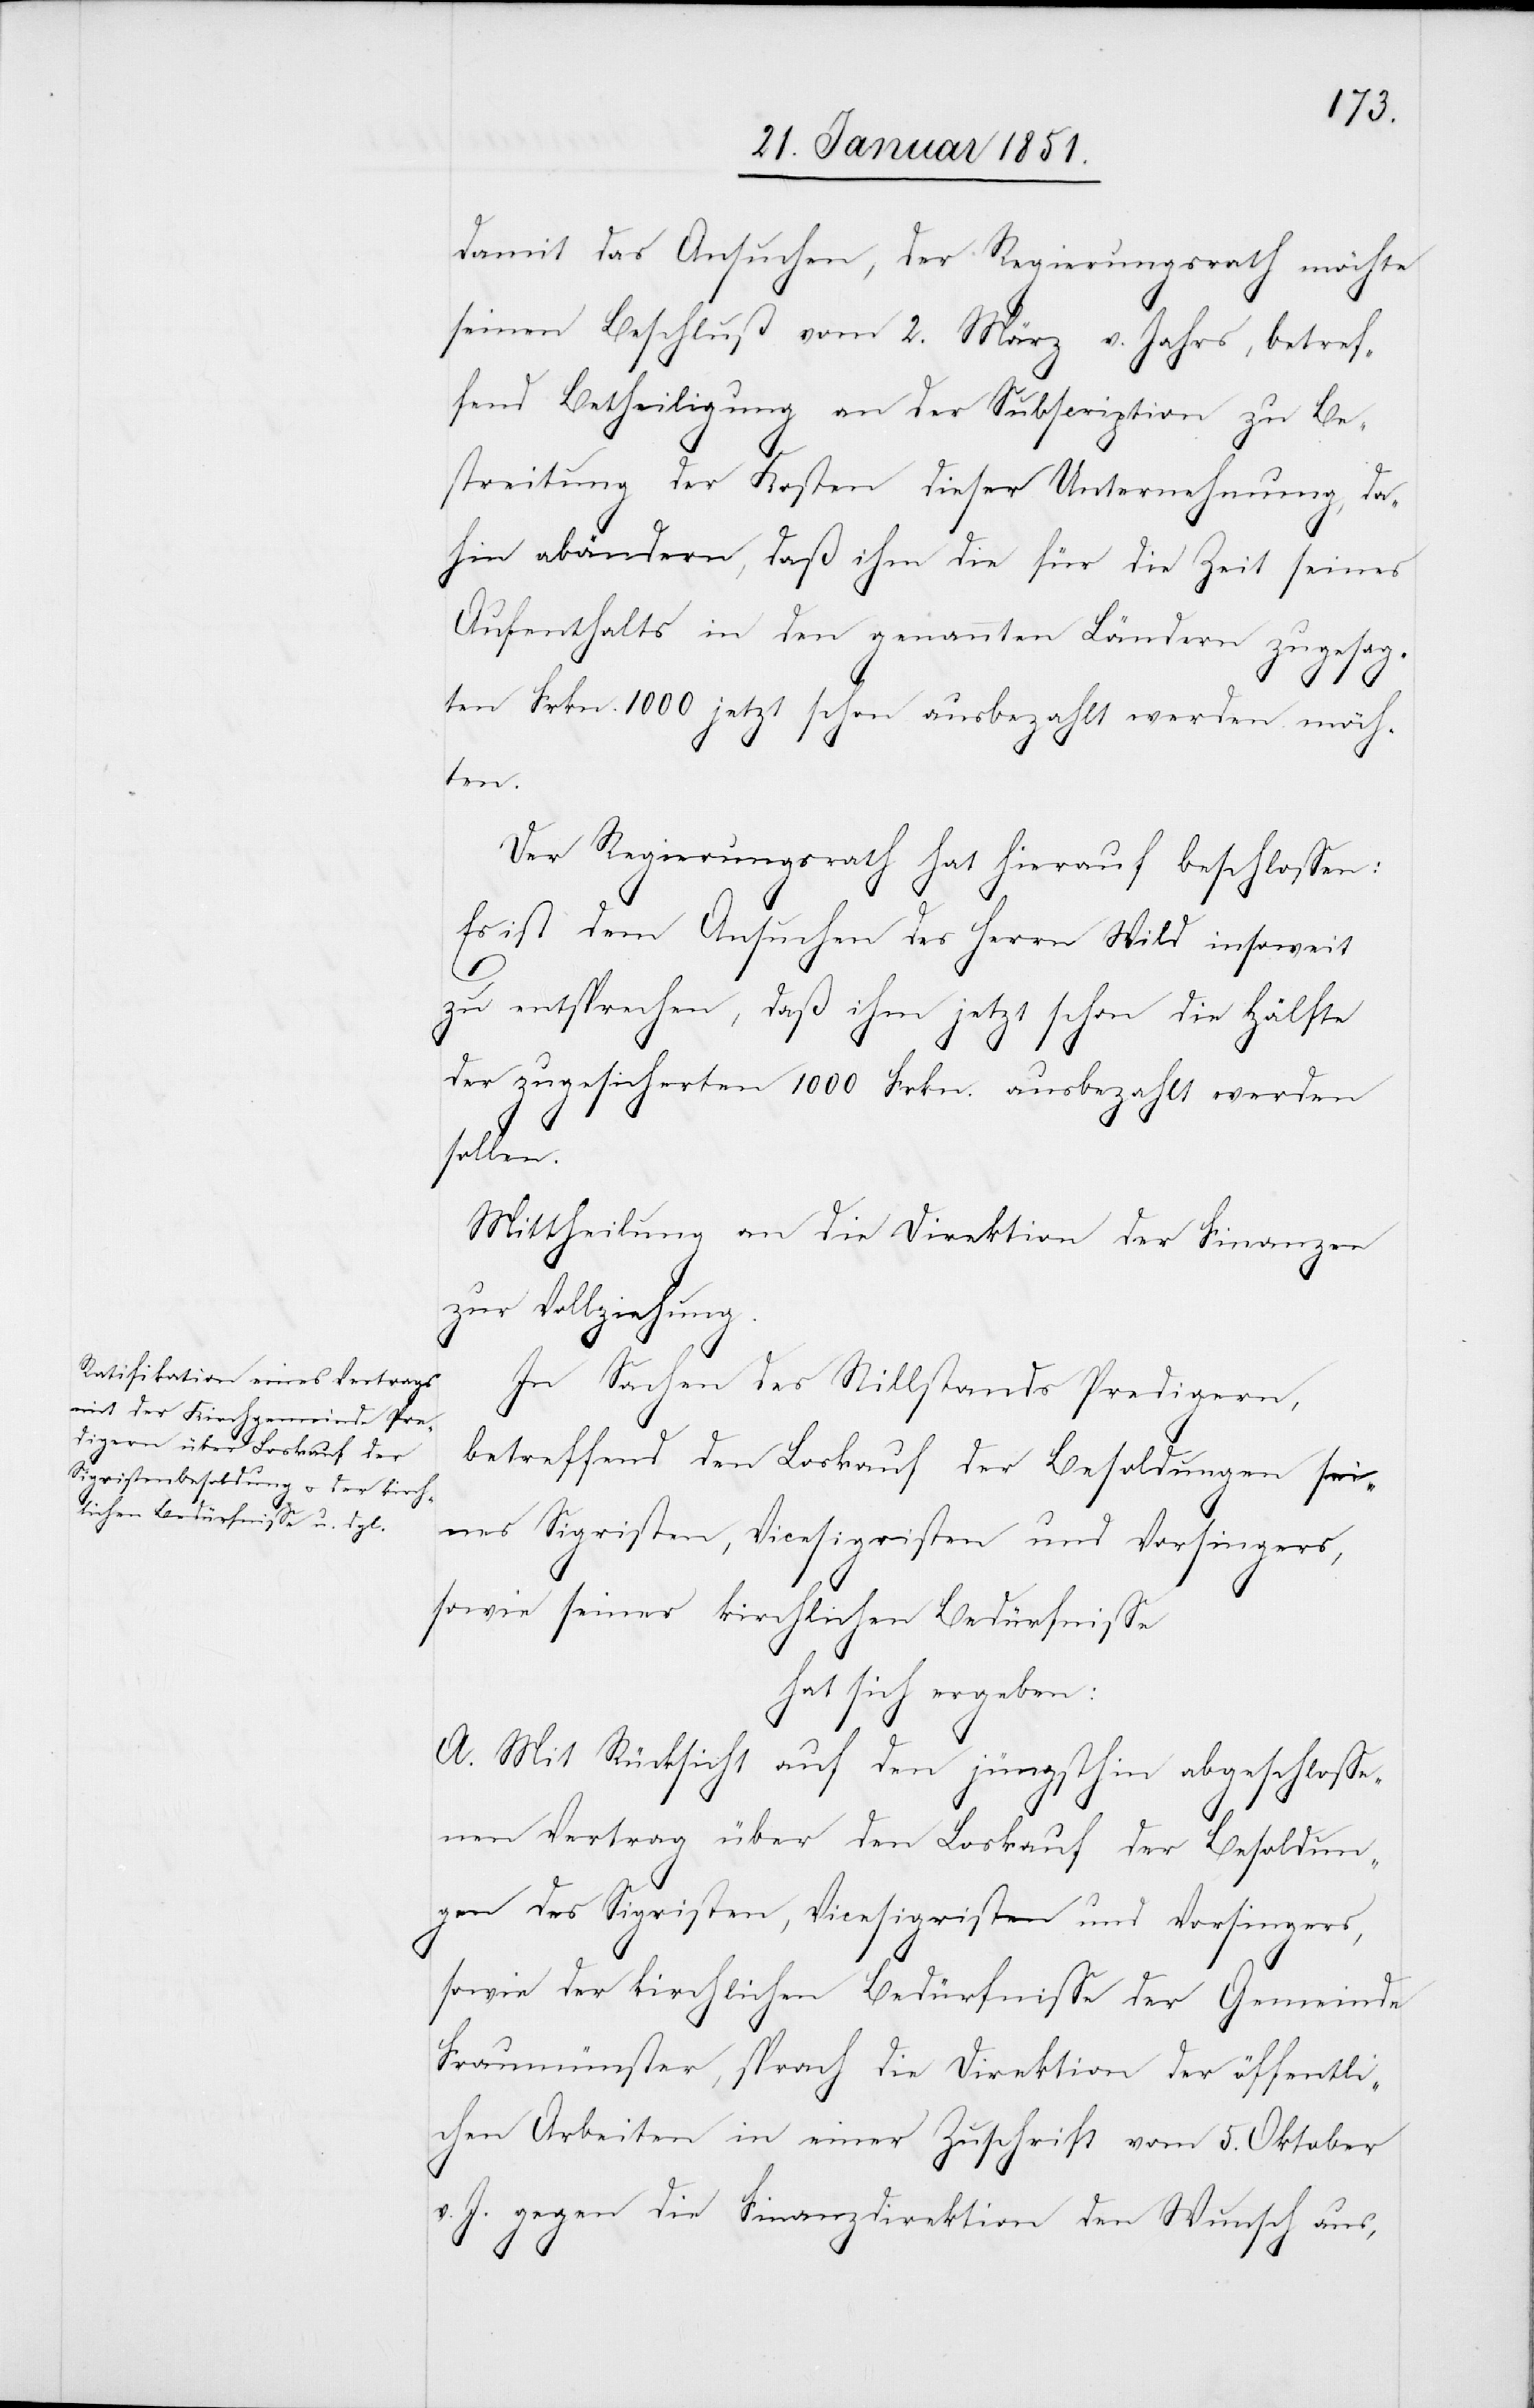
damit das Ansuchen, der Regierungsrath möchte
seinen Beschluß vom 2. März v. Jahrs, betref¬
fend Betheiligung an der Subscription zu Be¬
streitung der Kosten dieser Unternehmung, da¬
hin abändern, daß ihm die für die Zeit seines
Aufenthalts in den genannten Ländern zugesag¬
ten Frkn. 1000 jetzt schon ausbezahlt werden möch¬
ten.
Der Regierungsrath hat hierauf beschlossen:
Es ist dem Ansuchen des Herrn Wild insoweit
zu entsprechen, daß ihm jetzt schon die Hälfte
der zugesicherten 1000 Frkn. ausbezahlt werden
sollen.
Mittheilung an die Direktion der Finanzen
zur Vollziehung.
In Sachen des Stillstands Predigern,
betreffend den Loskauf der Besoldungen sei¬
nes Sigristen, Vicesigristen und Vorsingers,
sowie seiner kirchlichen Bedürfnisse
hat sich ergeben:
A. Mit Rücksicht auf den jüngsthin abgeschlosse¬
nen Vertrag über den Loskauf der Besoldun¬
gen des Sigristen, Vicesigristen und Vorsingers,
sowie der kirchlichen Bedürfnisse der Gemeinde
Fraumünster, sprach die Direktion der öffentli¬
chen Arbeiten in einer Zuschrift vom 5. Oktober
v. J. gegen die Finanzdirektion den Wunsch aus,